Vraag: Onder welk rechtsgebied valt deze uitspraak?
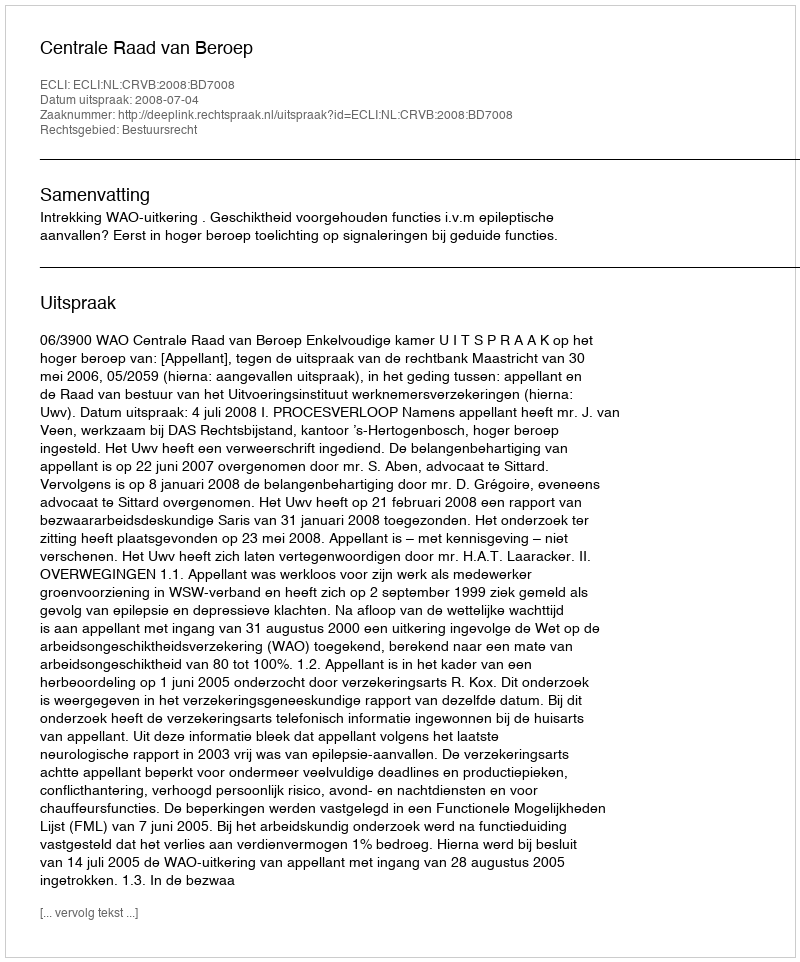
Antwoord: Bestuursrecht